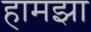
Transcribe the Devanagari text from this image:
हामझा